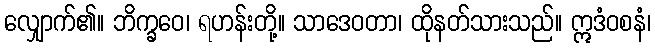
လျှောက်၏။ ဘိက္ခဝေ၊ ရဟန်းတို့။ သာဒေဝတာ၊ ထိုနတ်သားသည်။ ဣဒံဝစနံ၊